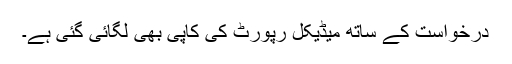
درخواست کے ساتھ میڈیکل رپورٹ کی کاپی بھی لگائی گئی ہے۔